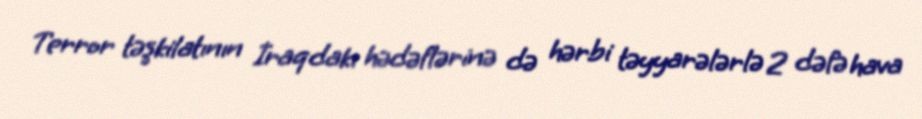
Terror təşkilatının İraqdakı hədəflərinə də hərbi təyyarələrlə 2 dəfə hava